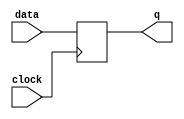
module  lpm_dff0_ff
	( 
	clock,
	data,
	q) /* synthesis synthesis_clearbox=1 */;
	input   clock;
	input   [7:0]  data;
	output   [7:0]  q;
`ifndef ALTERA_RESERVED_QIS
// synopsys translate_off
`endif
	tri0   [7:0]  data;
`ifndef ALTERA_RESERVED_QIS
// synopsys translate_on
`endif

	reg	[7:0]	ff_dffe;
	wire enable;

	// synopsys translate_off
	initial
		ff_dffe = 0;
	// synopsys translate_on
	always @ ( posedge clock)
		if (enable == 1'b1)   ff_dffe <= data;
	assign
		enable = 1'b1,
		q = ff_dffe;
endmodule
module lpm_dff0 (
	clock,
	data,
	q)/* synthesis synthesis_clearbox = 1 */;

	input	  clock;
	input	[7:0]  data;
	output	[7:0]  q;

	wire [7:0] sub_wire0;
	wire [7:0] q = sub_wire0[7:0];

	lpm_dff0_ff	lpm_dff0_ff_component (
				.clock (clock),
				.data (data),
				.q (sub_wire0));

endmodule